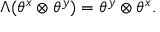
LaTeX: \Lambda ( \theta ^ { x } \otimes \theta ^ { y } ) = \theta ^ { y } \otimes \theta ^ { x } .